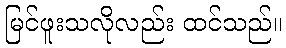
မြင်ဖူးသလိုလည်း ထင်သည်။